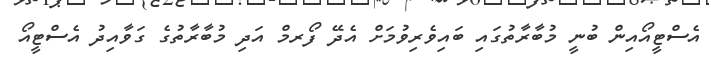
އެސްޓީއޯއިން ބުނީ މުބާރާތުގައި ބައިވެރިވުމަށް އެދޭ ފޯރމް އަދި މުބާރާތުގެ ގަވާއިދު އެސްޓީއޯ